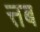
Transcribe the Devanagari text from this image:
त्तब